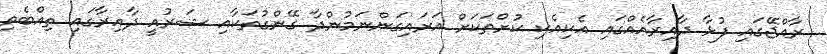
ރާއްޖޭގައި ފުޅާ ދާއިރާއެއްގައި އެކިއެކި ކުށްތަކަށް އަރައިގަންނަމުންދާ ގޭންގުތަކާއި ޝަރުއީ ދާއިރާގައި ތިއްބެވި